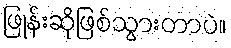
ဖြုန်းဆိုဖြစ်သွားတာပဲ။